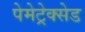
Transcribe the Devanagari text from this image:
पेमेट्रेक्सेड